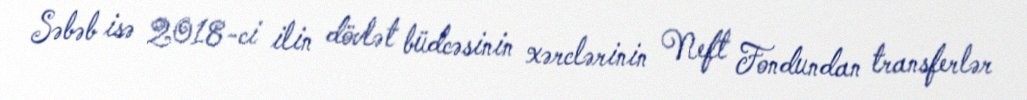
Səbəb isə 2018-ci ilin dövlət büdcəsinin xərclərinin Neft Fondundan transferlər